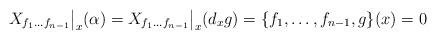
LaTeX: \begin{align*} X_{f_1\ldots f_{n-1}}\big|_x (\alpha) = X_{f_1\ldots f_{n-1}}\big|_x (d_xg) = \{f_1, \ldots, f_{n-1}, g \}(x) = 0\end{align*}